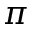
\pi